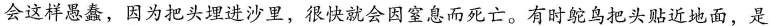
会这样愚蠢，因为把头埋进沙里，很快就会因窒息而死亡。有时鸵鸟把头贴近地面，是